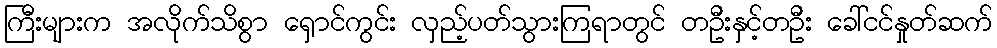
ကြီးများက အလိုက်သိစွာ ရှောင်ကွင်း လှည့်ပတ်သွားကြရာတွင် တဦးနှင့်တဦး ခေါ်ငင်နှုတ်ဆက်